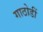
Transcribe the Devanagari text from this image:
गाठोडीं